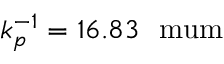
k _ { p } ^ { - 1 } = 1 6 . 8 3 \mathrm { ~ \ m u m }